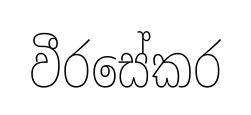
වීරසේකර